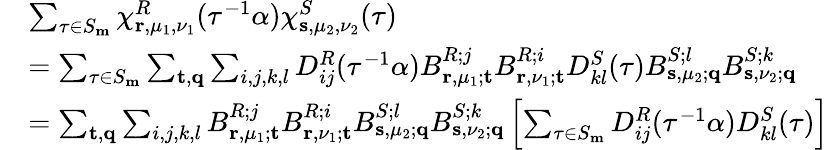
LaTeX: \begin{array}{rl}&{\sum_{\tau\in S_{\mathbf{m}}}\chi_{\mathbf{r},\mu_{1},\nu_{1}}^{R}(\tau^{-1}\alpha)\chi_{\mathbf{s},\mu_{2},\nu_{2}}^{S}(\tau)}\\ {}&{=\sum_{\tau\in S_{\mathbf{m}}}\sum_{\mathbf{t},\mathbf{q}}\sum_{i,j,k,l}D_{ij}^{R}(\tau^{-1}\alpha)B_{\mathbf{r},\mu_{1};\mathbf{t}}^{R;j}B_{\mathbf{r},\nu_{1};\mathbf{t}}^{R;i}D_{kl}^{S}(\tau)B_{\mathbf{s},\mu_{2};\mathbf{q}}^{S;l}B_{\mathbf{s},\nu_{2};\mathbf{q}}^{S;k}}\\ {}&{=\sum_{\mathbf{t},\mathbf{q}}\sum_{i,j,k,l}B_{\mathbf{r},\mu_{1};\mathbf{t}}^{R;j}B_{\mathbf{r},\nu_{1};\mathbf{t}}^{R;i}B_{\mathbf{s},\mu_{2};\mathbf{q}}^{S;l}B_{\mathbf{s},\nu_{2};\mathbf{q}}^{S;k}\left[\sum_{\tau\in S_{\mathbf{m}}}D_{ij}^{R}(\tau^{-1}\alpha)D_{kl}^{S}(\tau)\right]}\end{array}